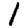
Digit: 1